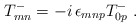
\begin{align*}T^-_{mn} = - i\, \epsilon_{mnp} T^-_{0p} \ .\end{align*}